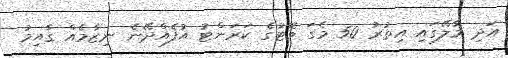
އަދި މާލޭގައި އިތުރު 50 މެގަ ވޮޓުގެ ކަރަންޓު އުފެއްދޭނެ ނިޒާމެއް ގާއިމު